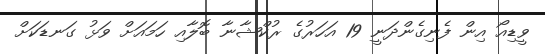
ވީޑިއޯ އިން ފެނިގެންދަނީ 19 އަހަރުގެ ރުކްޝާނާ ބޮލާއި ހަމައަށް ވަޅު ގަނޑަކަށް